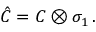
\hat { C } = C \otimes \sigma _ { 1 } \, .